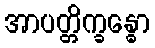
အာပတ္တိက္ခန္ဓော